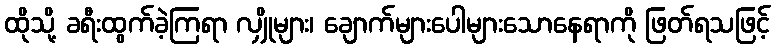
ထိုသို့ ခရီးထွက်ခဲ့ကြရာ လျှိုများ၊ ချောက်များပေါများသောနေရာကို ဖြတ်ရသဖြင့်